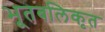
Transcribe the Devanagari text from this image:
भूतबलिकृत